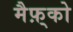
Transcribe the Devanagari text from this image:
मैफ़्को